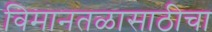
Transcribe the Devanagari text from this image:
विमानतळासाठीचा